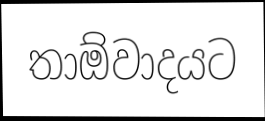
තාඕවාදයට